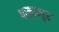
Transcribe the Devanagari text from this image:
पानाम्बुर